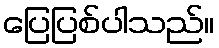
ပြေပြစ်ပါသည်။